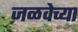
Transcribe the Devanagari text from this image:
जळवेच्या